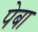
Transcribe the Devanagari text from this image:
पेबा